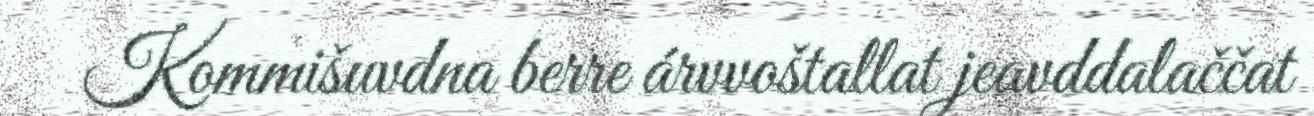
Kommišuvdna berre árvvoštallat jeavddalaččat